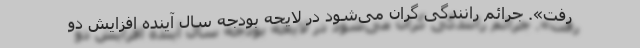
رفت». جرائم رانندگی گران می‌شود در لایحه بودجه سال آینده افزایش دو